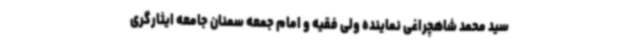
سید محمد شاهچراغی نماینده ولی فقیه و امام جمعه سمنان جامعه ایثارگری